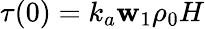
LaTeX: \tau(0)=k_{a}\mathbf{w}_{1}\rho_{0}H